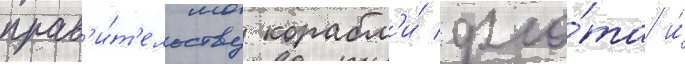
прав'и́т'ельству корабл'и́ фло́та и́